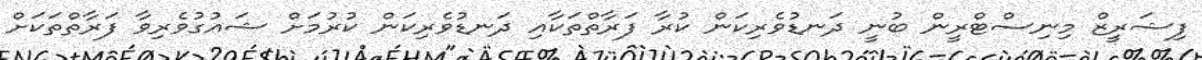
ފިޝަރީޒް މިނިސްޓްރީން ބުނީ ދަނޑުވެރިކަން ކުރާ ފަރާތްތަކާއި ދަނޑުވެރިކަން ކުރުމަށް ޝައުގުވެރިވާ ފަރާތްތަކަށް